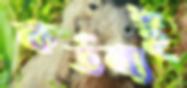
কর্তব্যই